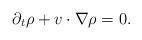
LaTeX: \begin{align*}\partial_t\rho+v\cdot\nabla\rho=0.\end{align*}